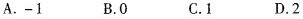
A.-1 B.0 C.1 D.2